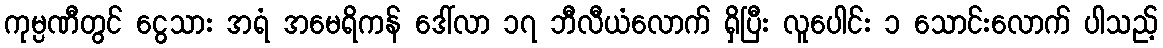
ကုမ္ပဏီတွင် ငွေသား အရံ အမေရိကန် ဒေါ်လာ ၁၇ ဘီလီယံလောက် ရှိပြီး လူပေါင်း ၁ သောင်းလောက် ပါသည့်